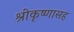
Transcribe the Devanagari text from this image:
श्रीकृष्णासह